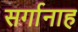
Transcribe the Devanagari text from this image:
सर्गानाह